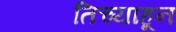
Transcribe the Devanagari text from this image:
तिच्याहून